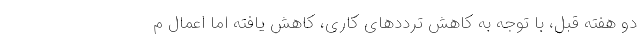
دو هفته قبل، با توجه به کاهش ترددهای کاری، کاهش یافته اما اعمال م